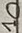
Text: 10